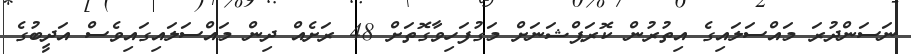
ނަސަންދުރަ މައްސަލައިގެ އިތުރުން ކޮރަޕްޝަނަށް މަގުފަހިވާގޮތަށް 48 ރަށެއް ދިން މައްސަލައިގައިވެސް އަދީބުގެ